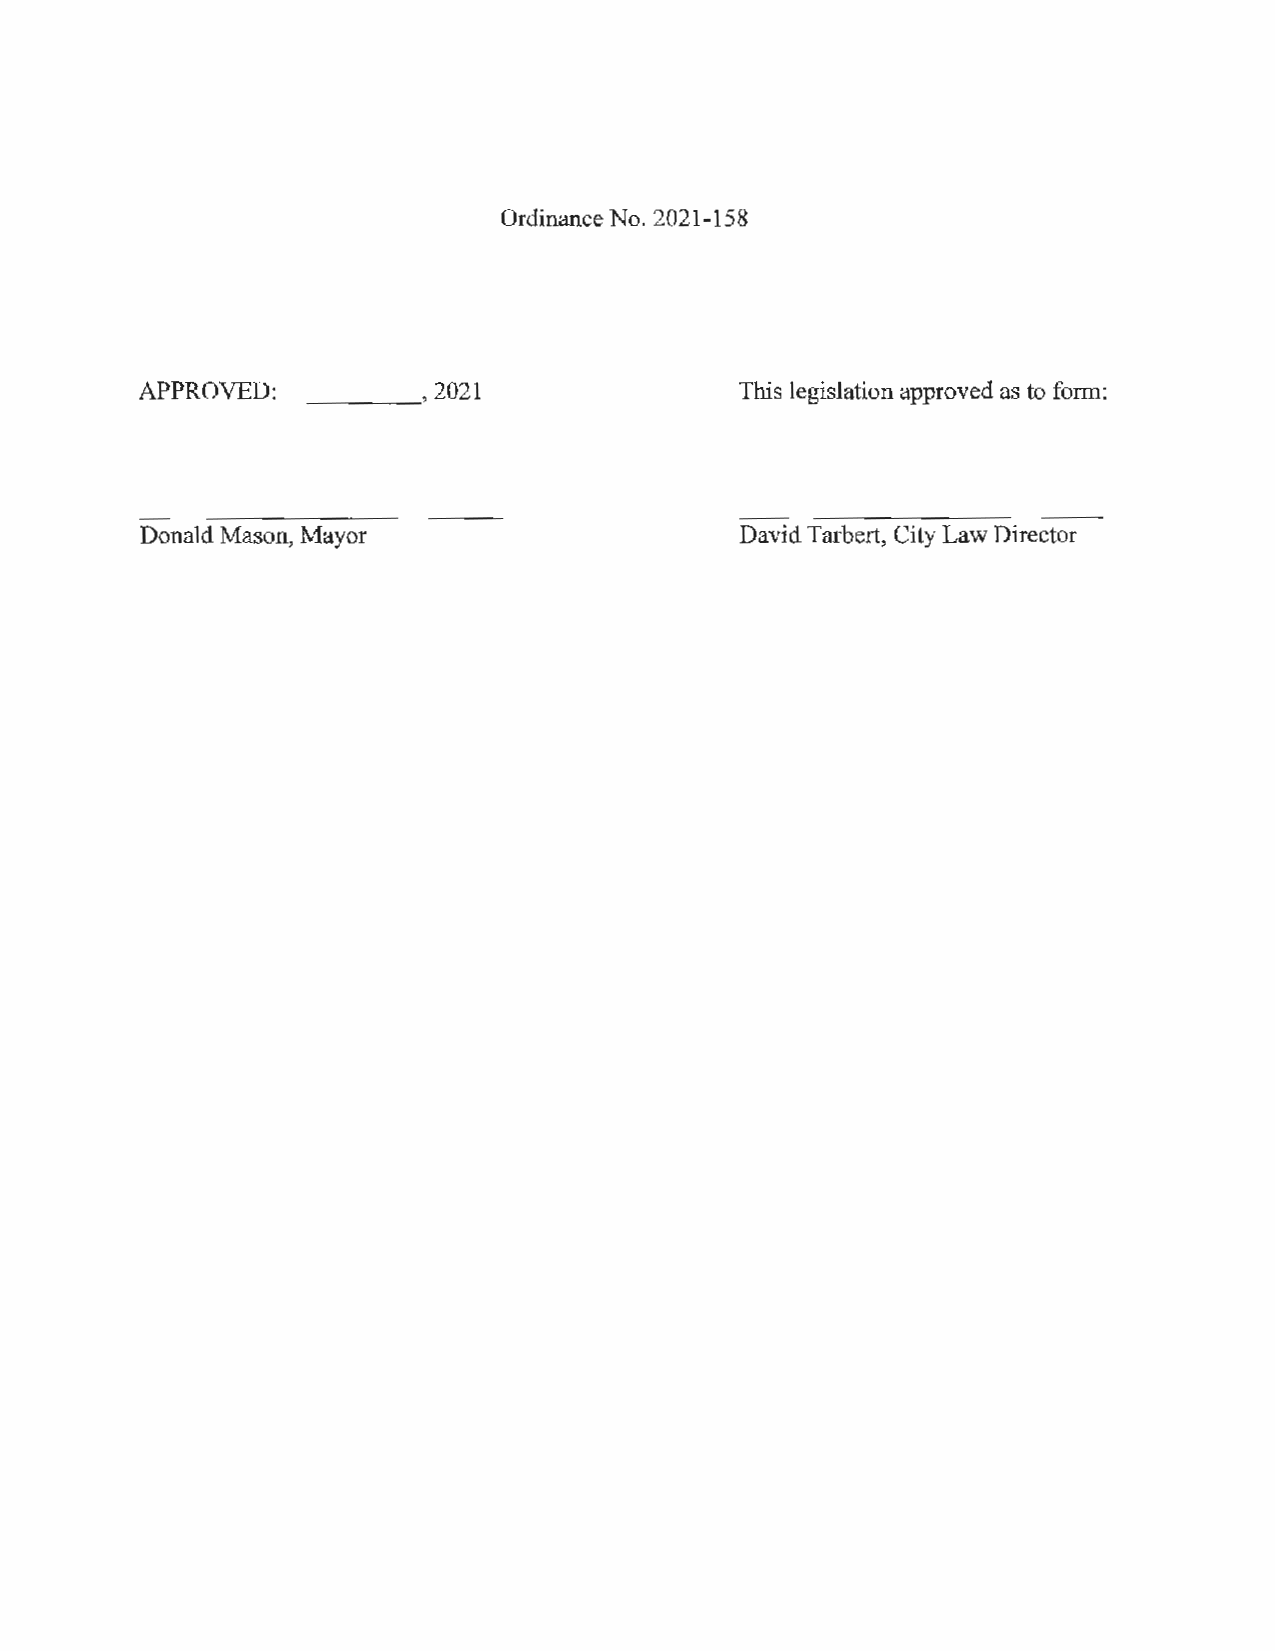
Ordinance No. 2021-158
 APPROVED:           2021                This legislation approved as to form:
 ----~
 Donald Mason, Mayor                     David Tarbert, City Law Director